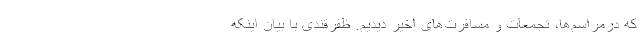
که درمراسم‌ها، تجمعات و مسافرت‌های اخیر دیدیم. ظفرقندی با بیان اینکه